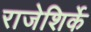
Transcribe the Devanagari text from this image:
राजेशिर्के